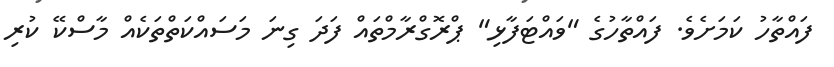
ފައްތާހު ކަމަށެވެ. ފައްތާހުގެ "ވައްޓަފާޅި" ޕްރޮގްރާމްތައް ފަދަ ގިނަ މަސައްކަތްތަކެއް މާސްކޭ ކުރި